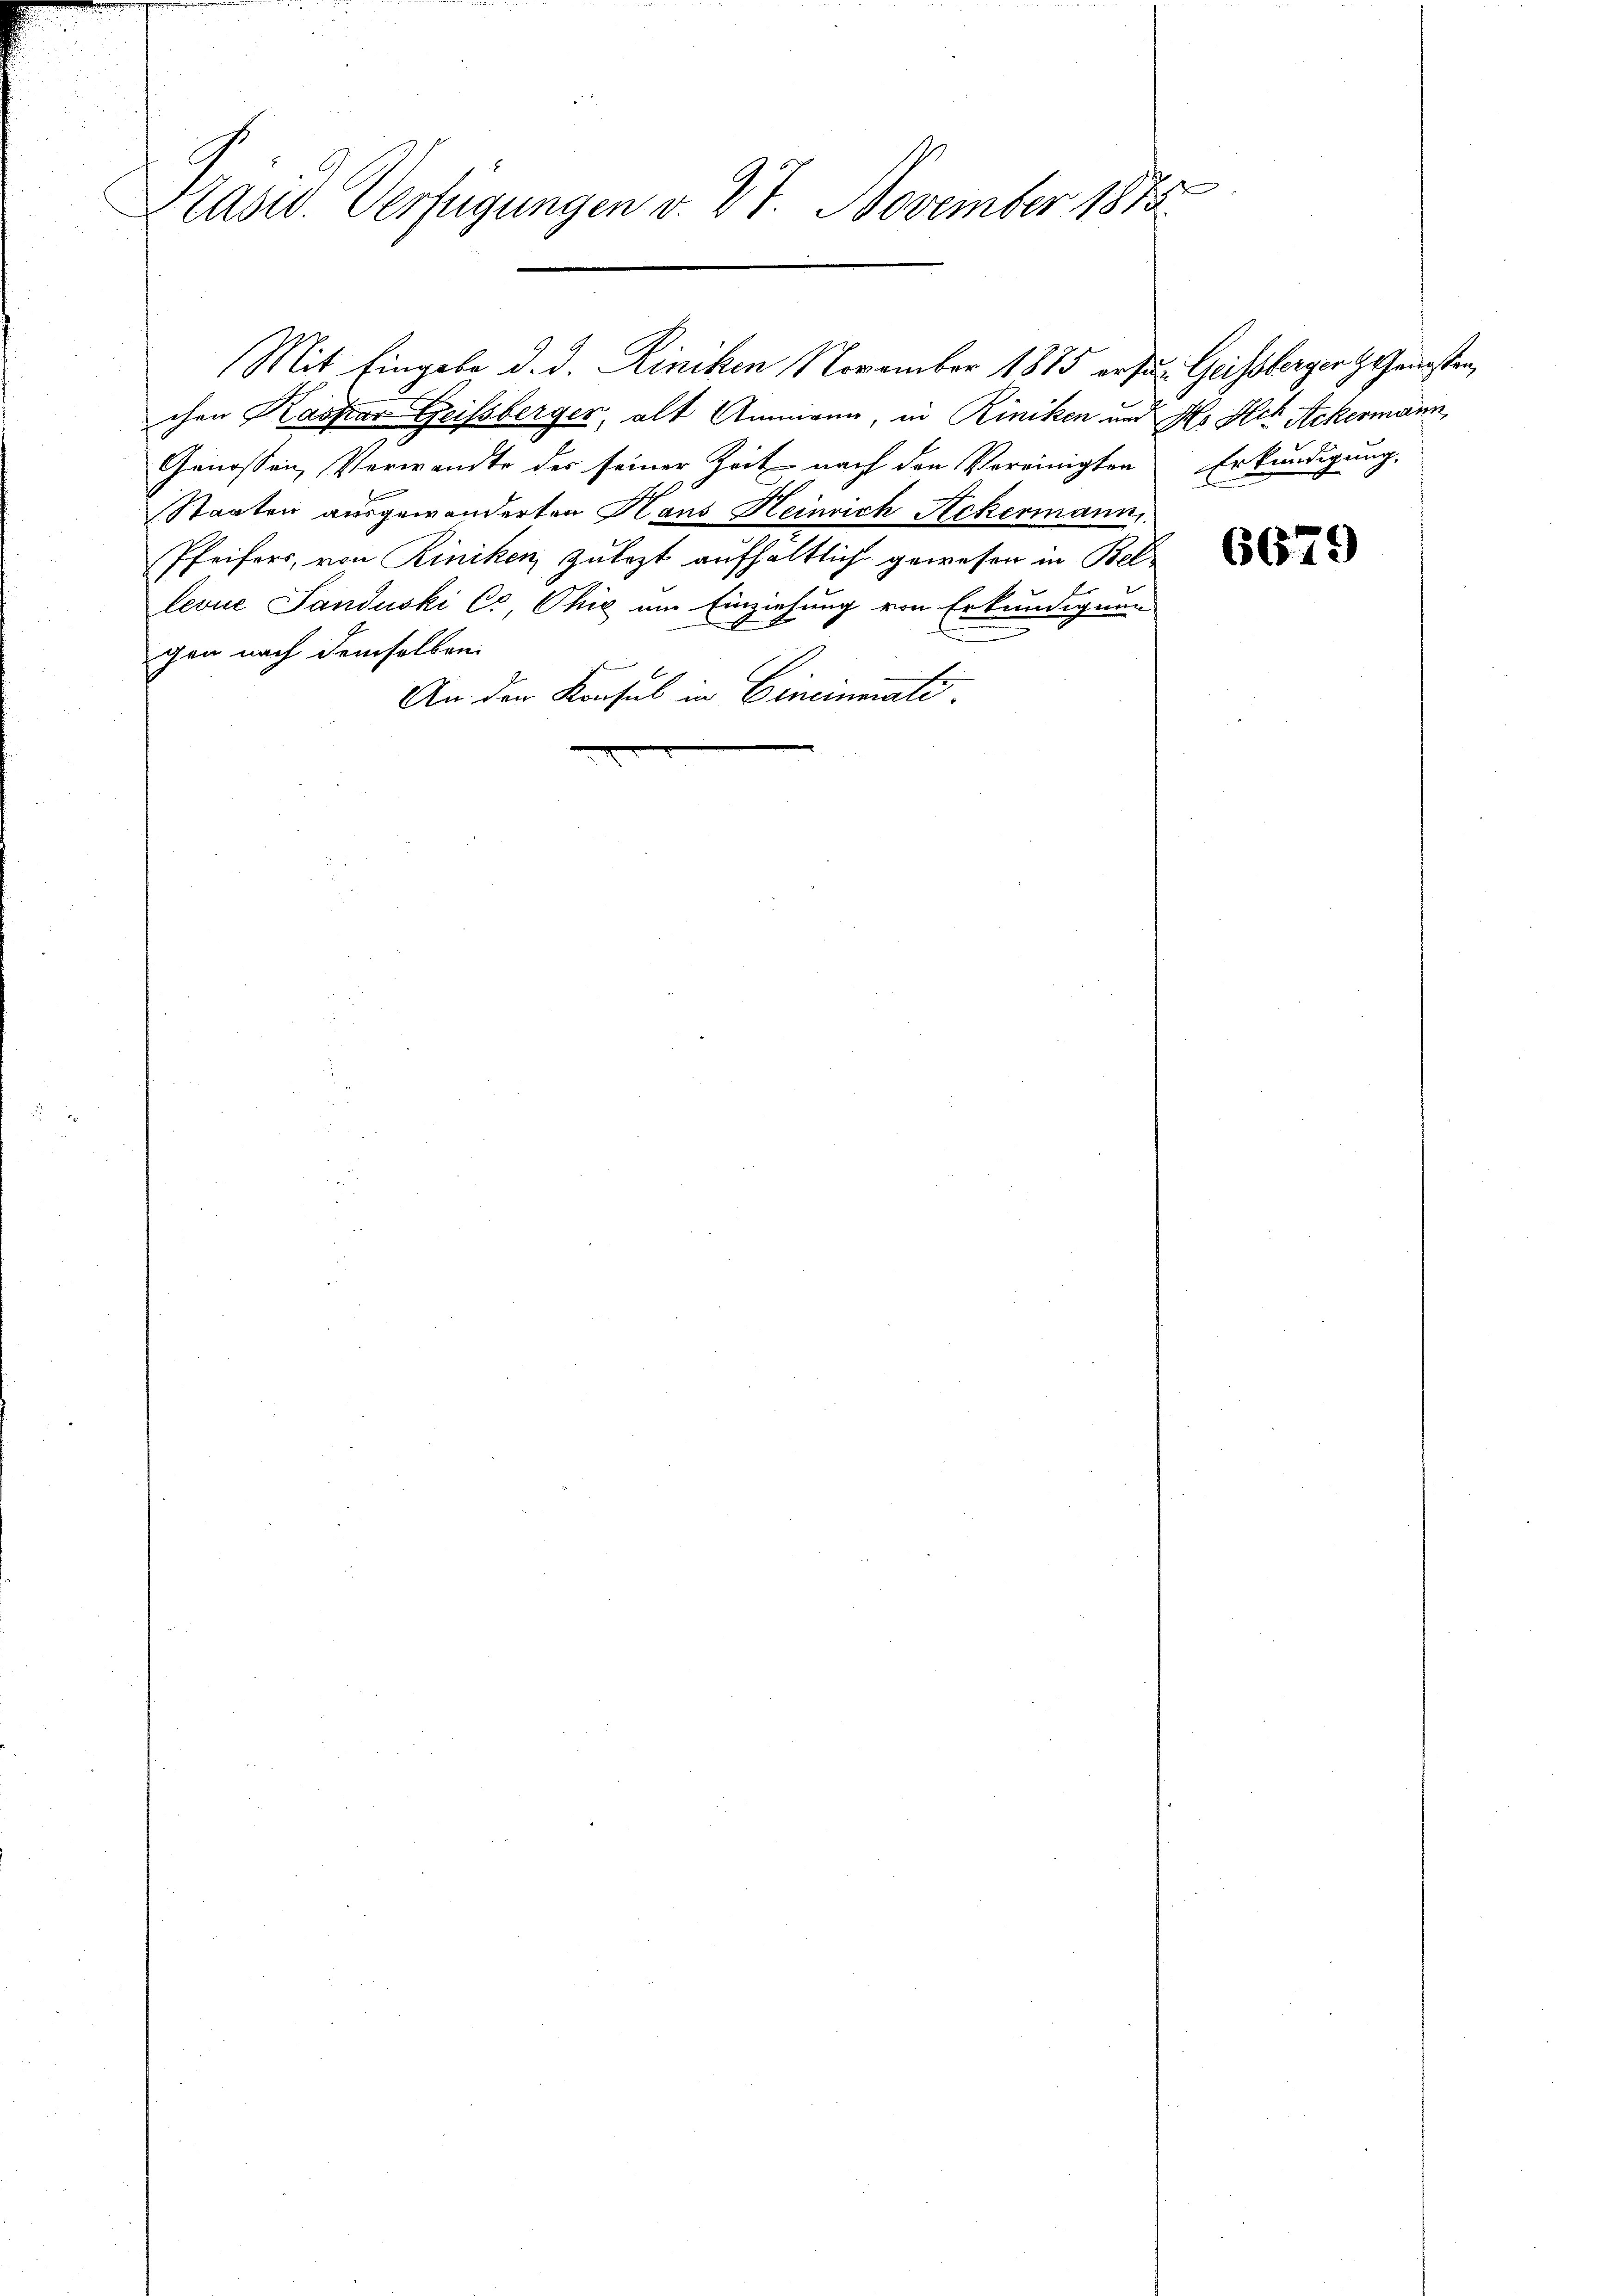
d
Präsid. Verfügungen v. 27. November 1812.

chen Kaspar Geissberger, alt Ammann, in Riniken und Hs. Hch. Ackermann
Genossen, Verwandte des seiner Zeit nach den Vereinigten Erkundigung,
Staaten ausgewanderten Hans Heinrich Ackermann
Pfeifers, von Riniken zulezt aufhaltlich gewesen in Bellevue Sanduski C. Chić um Einziehung von Erkundigung
gen nach demselben.
An den Konsul in Cincinati

Mit Eingabe d. d. Riniken November 1875 ersun Giessbergert seinsten,

6679